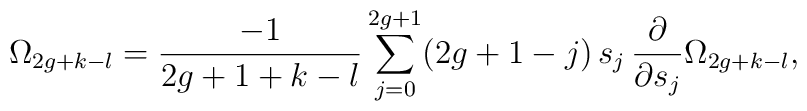
\Omega_{2g+k-l}={-1\over 2g+1+k-l} \sum_{j=0}^{2g+1}(2g+1-j)\,s_j\,{\partial\over\partial s_j}\Omega_{2g+k-l},